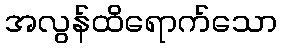
အလွန်ထိရောက်သော